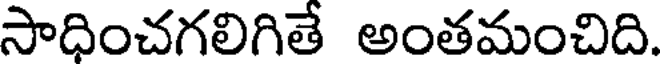
సాధించగలిగితే అంతమంచిది.